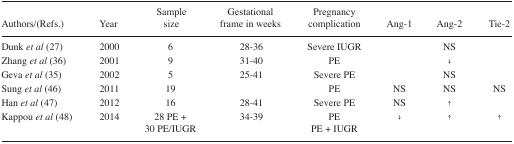
<table><thead><tr><td><b>Authors/(Refs.)</b></td><td><b>Year</b></td><td><b>Sample size</b></td><td><b>Gestational frame in weeks</b></td><td><b>Pregnancy complication</b></td><td><b>Ang-1</b></td><td><b>Ang-2</b></td><td><b>Tie-2</b></td></tr></thead><tbody><tr><td>Dunk <i>et al</i> (27)</td><td>2000</td><td>6</td><td>28–36</td><td>Severe IUGR</td><td></td><td>NS</td><td></td></tr><tr><td>Zhang <i>et al</i> (36)</td><td>2001</td><td>9</td><td>31–40</td><td>PE</td><td></td><td>↓</td><td></td></tr><tr><td>Geva <i>et al</i> (35)</td><td>2002</td><td>5</td><td>25–41</td><td>Severe PE</td><td></td><td>NS</td><td></td></tr><tr><td>Sung <i>et al</i> (46)</td><td>2011</td><td>19</td><td></td><td>PE</td><td>NS</td><td>NS</td><td>NS</td></tr><tr><td>Han <i>et al</i> (47)</td><td>2012</td><td>16</td><td>28–41</td><td>Severe PE</td><td>NS</td><td>↑</td><td></td></tr><tr><td>Kappou <i>et al</i> (48)</td><td>2014</td><td>28 PE + 30 PE/IUGR</td><td>34–39</td><td>PEPE + IUGR</td><td>↓</td><td>↑</td><td>↑</td></tr></tbody></table>